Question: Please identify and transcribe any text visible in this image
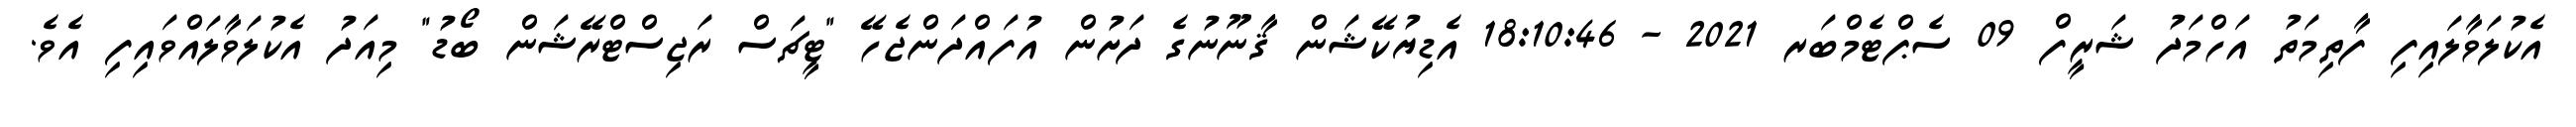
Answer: އެކުލަވާލައިފި ފާތިމަތު އަހްމަދު ޝަރީފް 09 ސެޕްޓެމްބަރ 2021 - 18:10:46 އެޑިޔުކޭޝަން ޤާނޫނުގެ ދަށުން އުފައްދަންޖެހޭ "ޓީޗަސް ރަޖިސްޓްރޭޝަން ބޯޑު" މިއަދު އެކުލަވާލައްވައިފި އެވެ.